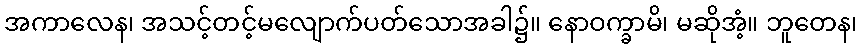
အကာလေန၊ အသင့်တင့်မလျောက်ပတ်သောအခါ၌။ နောဝက္ခာမိ၊ မဆိုအံ့။ ဘူတေန၊